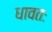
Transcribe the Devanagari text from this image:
धावतः